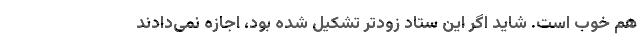
هم خوب است. شاید اگر این ستاد زودتر تشکیل شده بود، اجازه نمی‌دادند